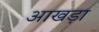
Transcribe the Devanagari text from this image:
आखड़ा